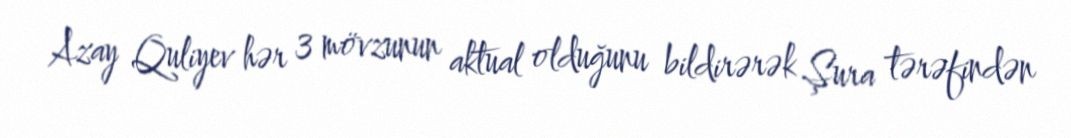
Azay Quliyev hər 3 mövzunun aktual olduğunu bildirərək Şura tərəfindən